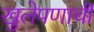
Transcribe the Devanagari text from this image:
खुलेपणाची